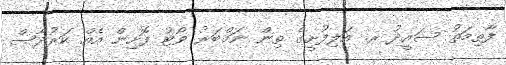
ފާތިމަތު ސައީދު ރ. އަލިފުށީގެ ތިން ނަމްބަރު ވޯޓު ފޮށިން އެއް ކަރުދާސް